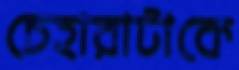
চেহারাটাকে